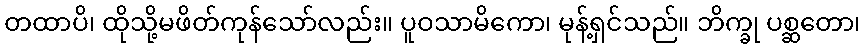
တထာပိ၊ ထိုသို့မဖိတ်ကုန်သော်လည်း။ ပူဝသာမိကော၊ မုန့်ရှင်သည်။ ဘိက္ခု ပစ္ဆတော၊